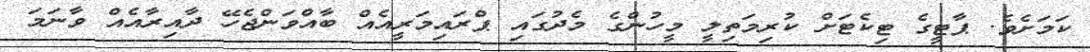
ކަމަށެވެ. ޕާޓީގެ ޓިކެޓަށް ކުރިމަތިލީ މީހުންގެ މެދުގައި ޕްރައިމަރީއެއް ބާއްވަންޖެހޭ ދާއިރާއެއް ވާނަމަ